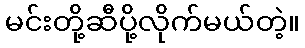
မင်းတို့ဆီပို့လိုက်မယ်တဲ့။